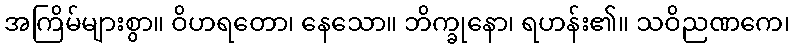
အကြိမ်များစွာ။ ဝိဟရတော၊ နေသော။ ဘိက္ခုနော၊ ရဟန်း၏။ သဝိညဏကေ၊